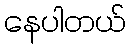
နေပါတယ်